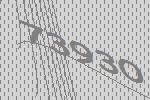
73930